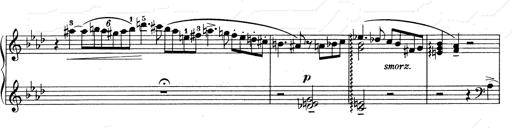
Title: Weinen, Klagen, Sorgen, Zagen
Composer: Franz Liszt